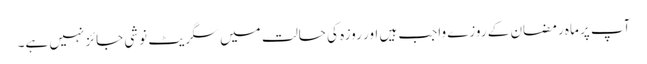
آپ پر ماہ رمضان کے روزے واجب ہیں اور روزہ کی حالت میں سگریٹ نوشی جائز نہیں ہے۔